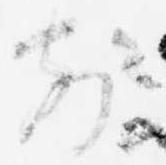
前